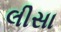
લીસા